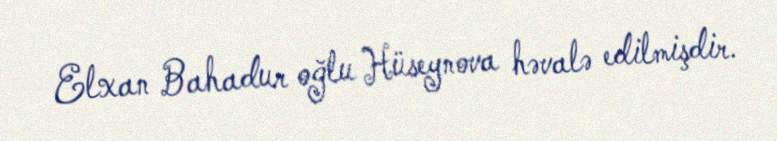
Elxan Bahadur oğlu Hüseynova həvalə edilmişdir.